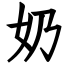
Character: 奶